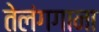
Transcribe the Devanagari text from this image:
तेलंगगाना